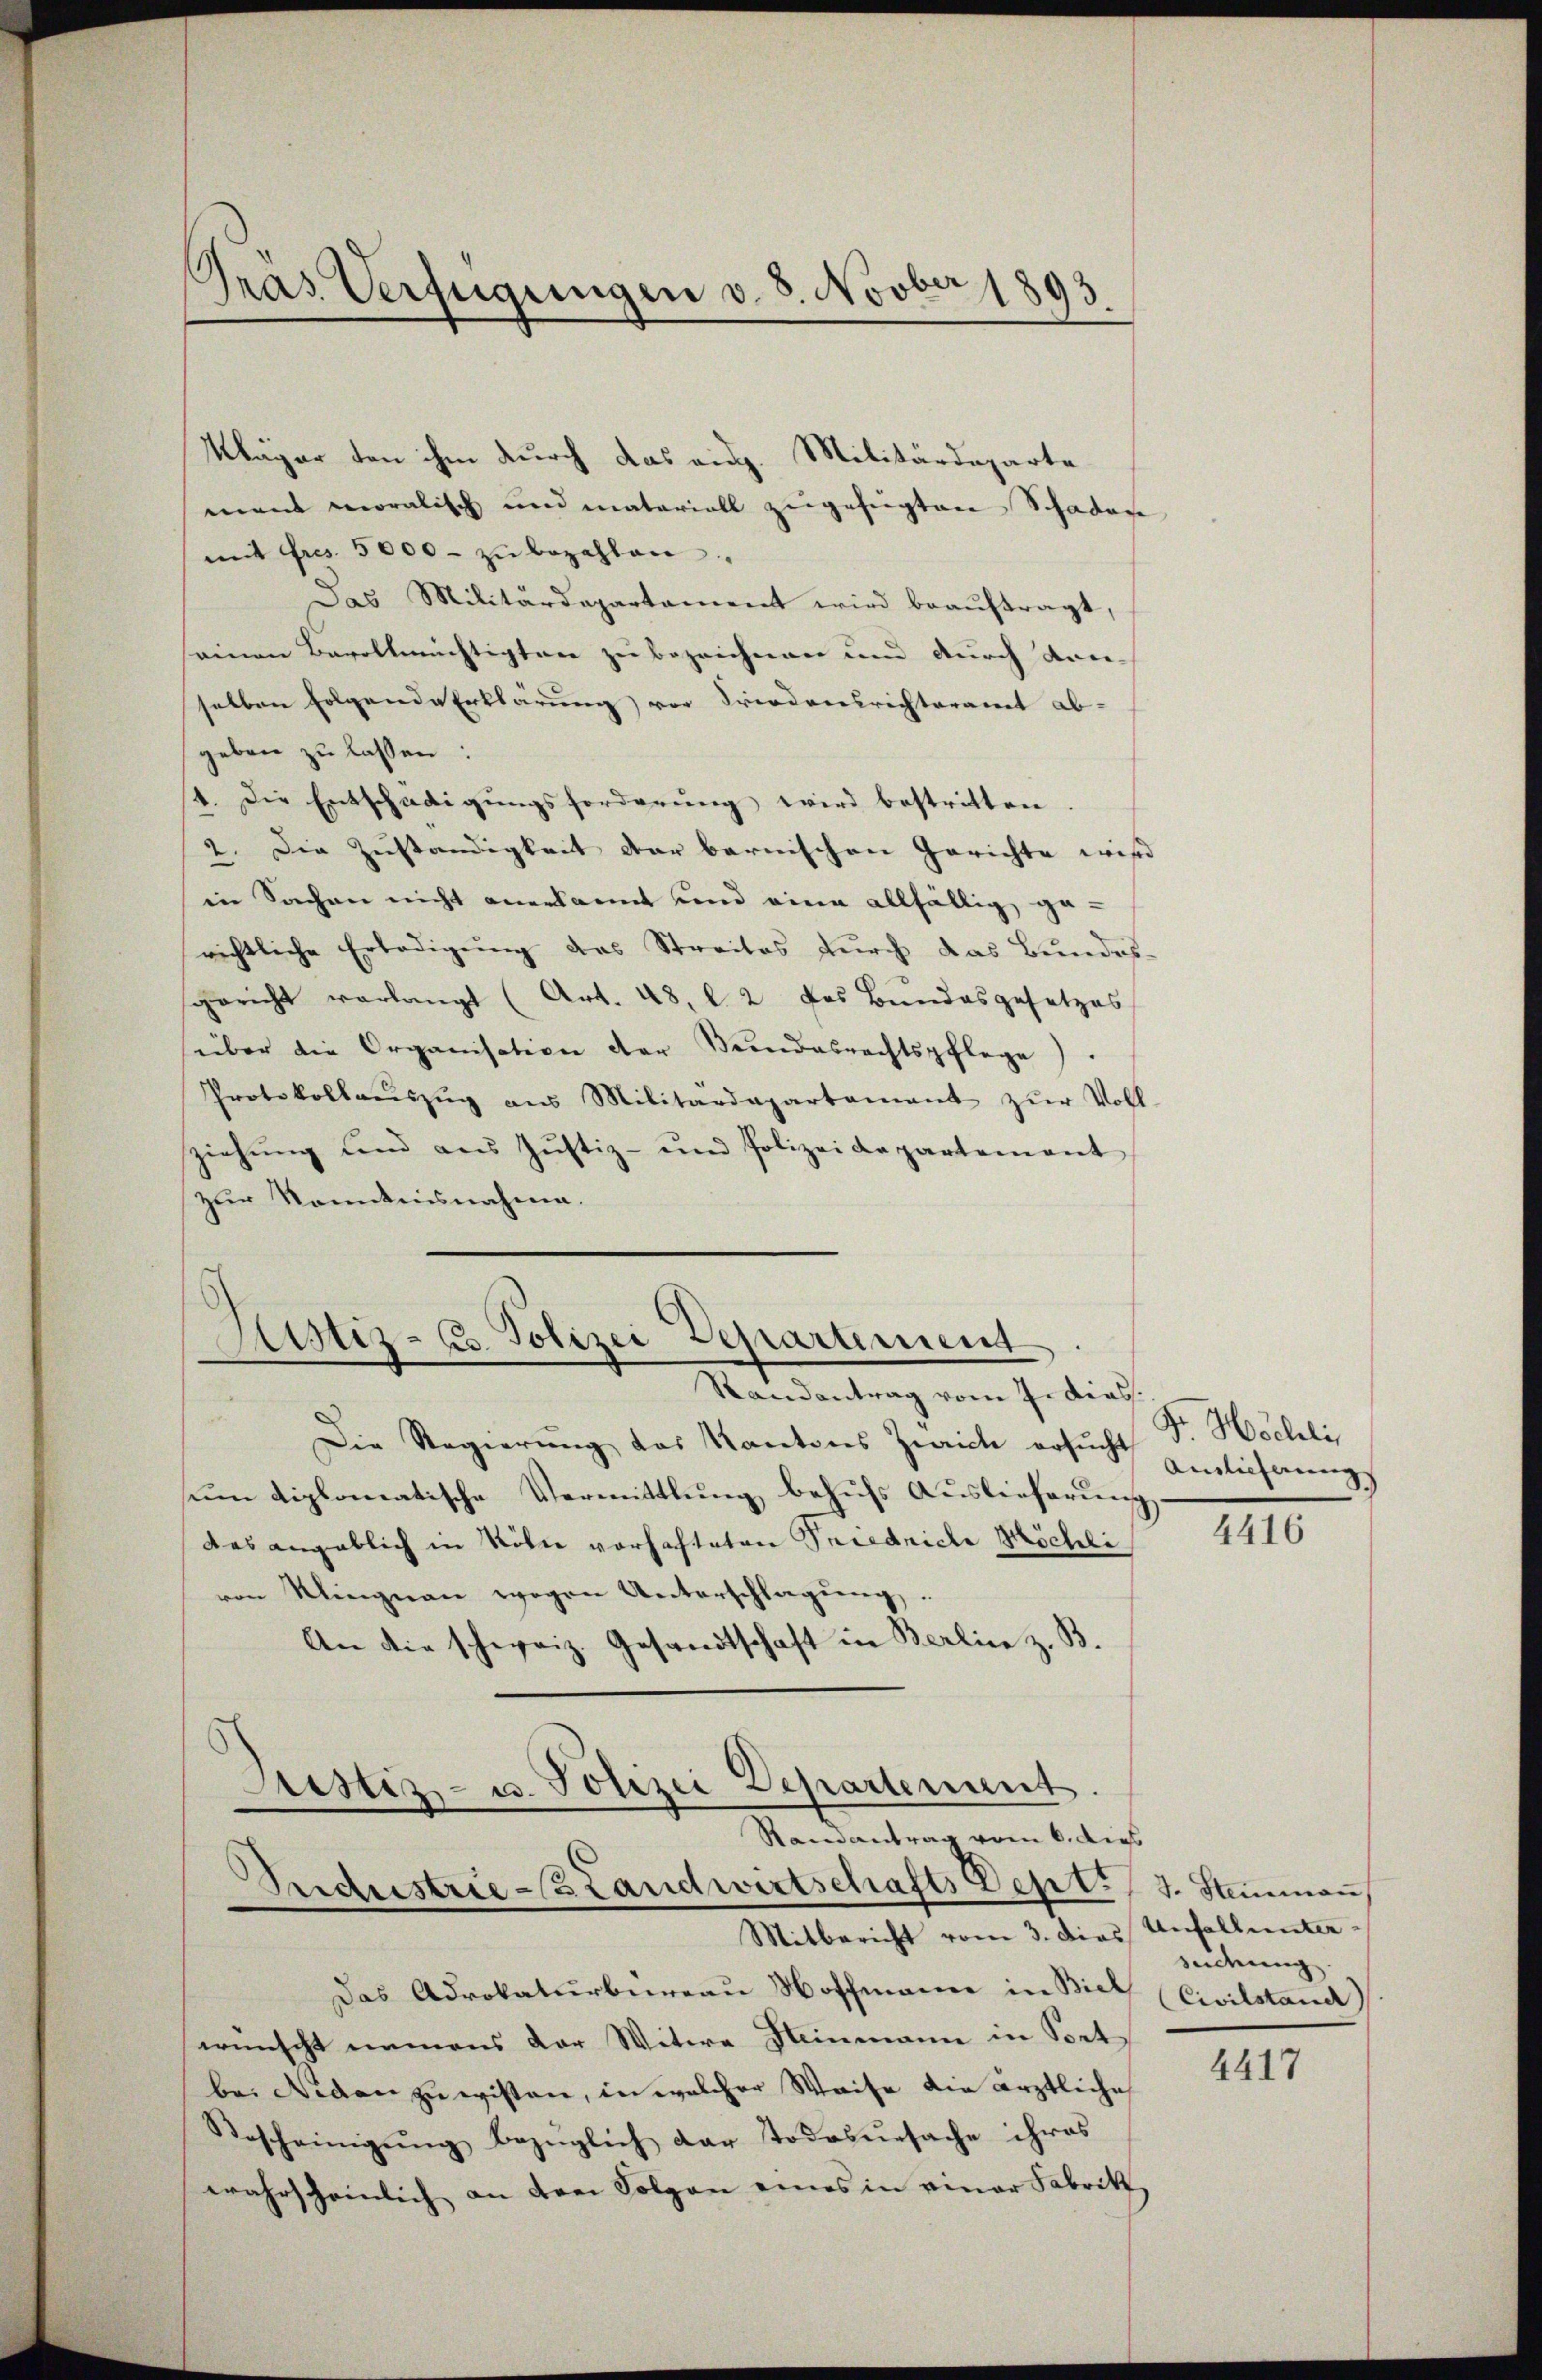
Pras Verfügungen v. 8. Novber 1893

Kläger von ihm durch das aug. Militärdeparte
mant moralisch und materiell zugefügten Schaden
mit Fres. 5000 zŭ bezahlen.
Das Militärdepartament wird beauftragt,
seinen Bevollmächtigten zu bezeichnen und durch denselben folgende Erklärung vor Friedensrichteramt ab-
geben zu lassen:
4. Die Entschädigungsforderung wird bestritten.
2. Die Zuständigkeit der bernischen Gerichte wird
in Sachen nicht anerkannt und eine allfällig ge-
richtliche Erledigŭng das Streites dŭrch das Bundes-
sgericht verlangt (Art. 48. l. 2 das Bundesgesetzes
süber die Organisation der Bundesrechtspflege.
Protokollaŭszŭg ans Militärdepartament zŭr Voll
ziehŭng und aus Jŭstiz- und Polizeidepartement
zur Kenntnisnahme.
Justiz- u. Polizei Departement
Randantrag vom 7. dies
Die Regierung des Kantons Zwicke ersucht einlichnung
um diplomatische Vermittlung behufs Auslieferung
das angeblich in Köln vorhafteten Priedriche Möchli
von Klingnau wegen Unterschlagung
An die schweiz. Gesandtschaft in Berlin z. B.
Justiz- u. Polizei Departement
Ramantrag vom 6. dies
Drechnistrie-3 Landwirtschafts Dept./3. Steinmaṅ
Mitbericht vom 3. dies Unfall unter-
Das Advokaturbureau Hoffmann in Biel (Civilstand)
swünscht namens der Witwe Steinmann in Port
be. Nieden zu wissen, in welcher Waise die ärztliche
Bescheinigŭng bezüglich der Todesursache ihres
wahrscheinlich an den Folgen eines in einer Fabrik

Dr. Hochli

4416

sedung

4417